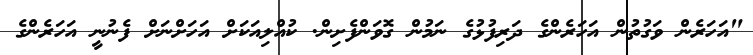
"އަހަރެން ވަގުތުން އަހަރެންގެ ދަރިފުޅުގެ ނަމުން ގޮވަންފެށިން. ކުއްލިއަކަށް އަހަށްނަށް ފެނުނީ އަހަރެންގެ